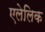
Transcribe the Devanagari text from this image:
एलेलिक